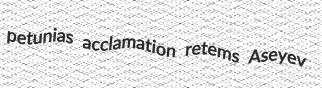
petunias acclamation retems Aseyev